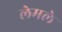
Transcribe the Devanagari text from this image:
लेमले